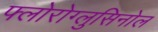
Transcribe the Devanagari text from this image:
फ्लोरोग्लुसिनोल